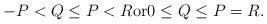
LaTeX: \begin{align*} -P < Q \leq P < R \mbox{or} 0 \leq Q \leq P = R. \end{align*}